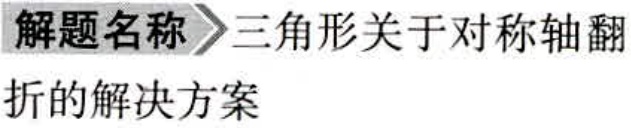
解题名称$\rhd$三角形关于对称轴翻折的解决方案